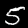
Digit: 5